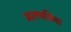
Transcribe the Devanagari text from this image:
मलयशिया